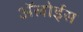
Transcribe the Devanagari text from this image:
ॲलोईस